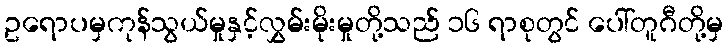
ဥရောပမှကုန်သွယ်မှုနှင့်လွှမ်းမိုးမှုတို့သည် ၁၆ ရာစုတွင် ပေါ်တူဂီတို့မှ